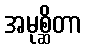
အမုစ္ဆိတာ